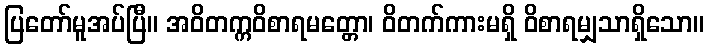
ပြတော်မူအပ်ပြီ။ အဝိတက္ကဝိစာရမတ္တော၊ ဝိတက်ကားမရှိ ဝိစာရမျှသာရှိသော။